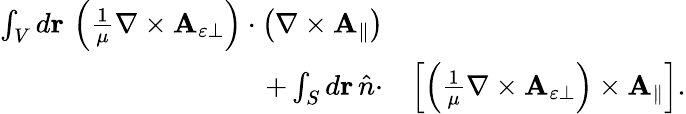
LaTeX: \begin{array}{rl}{\int_{V}d\mathbf{r}\, \left(\frac{1}{\mu}\nabla\times\mathbf{A}_{\varepsilon\perp}\right)\cdot\left(\nabla\times\mathbf{A}_{\parallel}\right)}&{}\\ {+\int_{S}d\mathbf{r}\, \hat{n}\cdot}&{\left[\left(\frac{1}{\mu}\nabla\times\mathbf{A}_{\varepsilon\perp}\right)\times\mathbf{A}_{\parallel}\right].}\end{array}